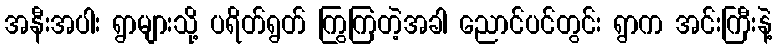
အနီးအပါး ရွာများသို့ ပရိတ်ရွတ် ကြွကြတဲ့အခါ ညောင်ပင်တွင်း ရွာက အင်းကြီးနဲ့